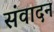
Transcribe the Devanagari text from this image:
संवादन